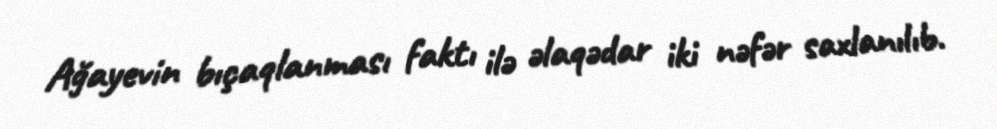
Ağayevin bıçaqlanması faktı ilə əlaqədar iki nəfər saxlanılıb.